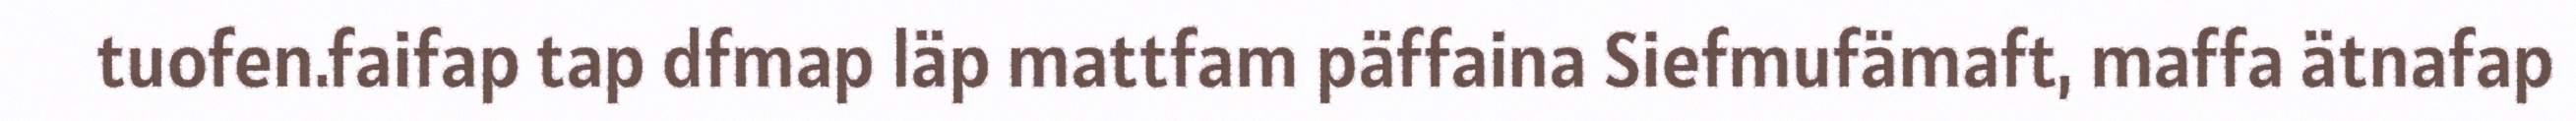
tuofen.faifap tap dfmap läp mattfam päffaina Siefmufämaft, maffa ätnafap